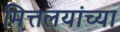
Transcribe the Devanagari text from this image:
मित्तलयांच्या